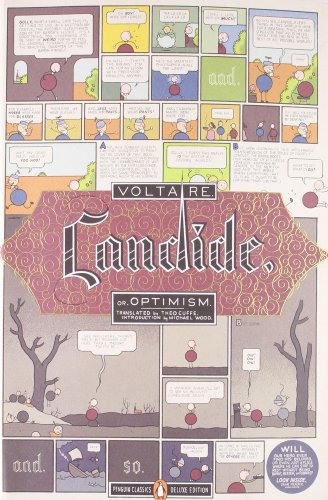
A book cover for Candide: Or, Optimism (Penguin Classics Deluxe Edition); Francois Voltaire; Science Fiction & Fantasy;